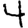
Digit: 4